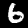
Digit: 6